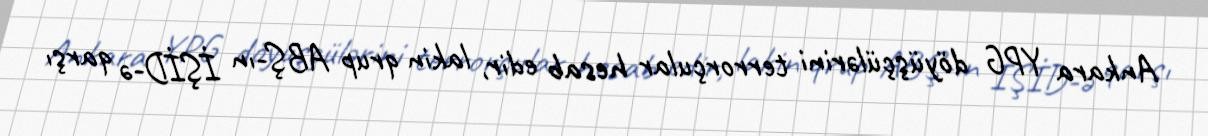
Ankara YPG döyüşçülərini terrorçular hesab edir, lakin qrup ABŞ-ın İŞİD-ə qarşı